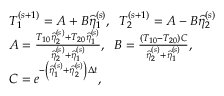
\begin{array} { r l } & { T _ { 1 } ^ { ( s + 1 ) } = A + B \widehat { \eta } _ { 1 } ^ { ( s ) } , \; \; T _ { 2 } ^ { ( s + 1 ) } = A - B \widehat { \eta } _ { 2 } ^ { ( s ) } } \\ & { A = \frac { T _ { 1 0 } \widehat { \eta } _ { 2 } ^ { ( s ) } + T _ { 2 0 } \widehat { \eta } _ { 1 } ^ { ( s ) } } { \widehat { \eta } _ { 2 } ^ { ( s ) } + \widehat { \eta } _ { 1 } ^ { ( s ) } } , \; \; B = \frac { \left( T _ { 1 0 } - T _ { 2 0 } \right) C } { \widehat { \eta } _ { 2 } ^ { ( s ) } + \widehat { \eta } _ { 1 } ^ { ( s ) } } , } \\ & { C = e ^ { - \left( \widehat { \eta } _ { 1 } ^ { ( s ) } + \widehat { \eta } _ { 2 } ^ { ( s ) } \right) \Delta t } , } \end{array}